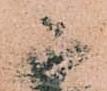
参